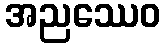
အညဿေဝ